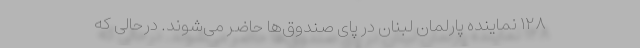
۱۲۸ نماینده پارلمان لبنان در پای صندوق‌ها حاضر می‌شوند. درحالی که